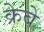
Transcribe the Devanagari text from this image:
क्रेबे